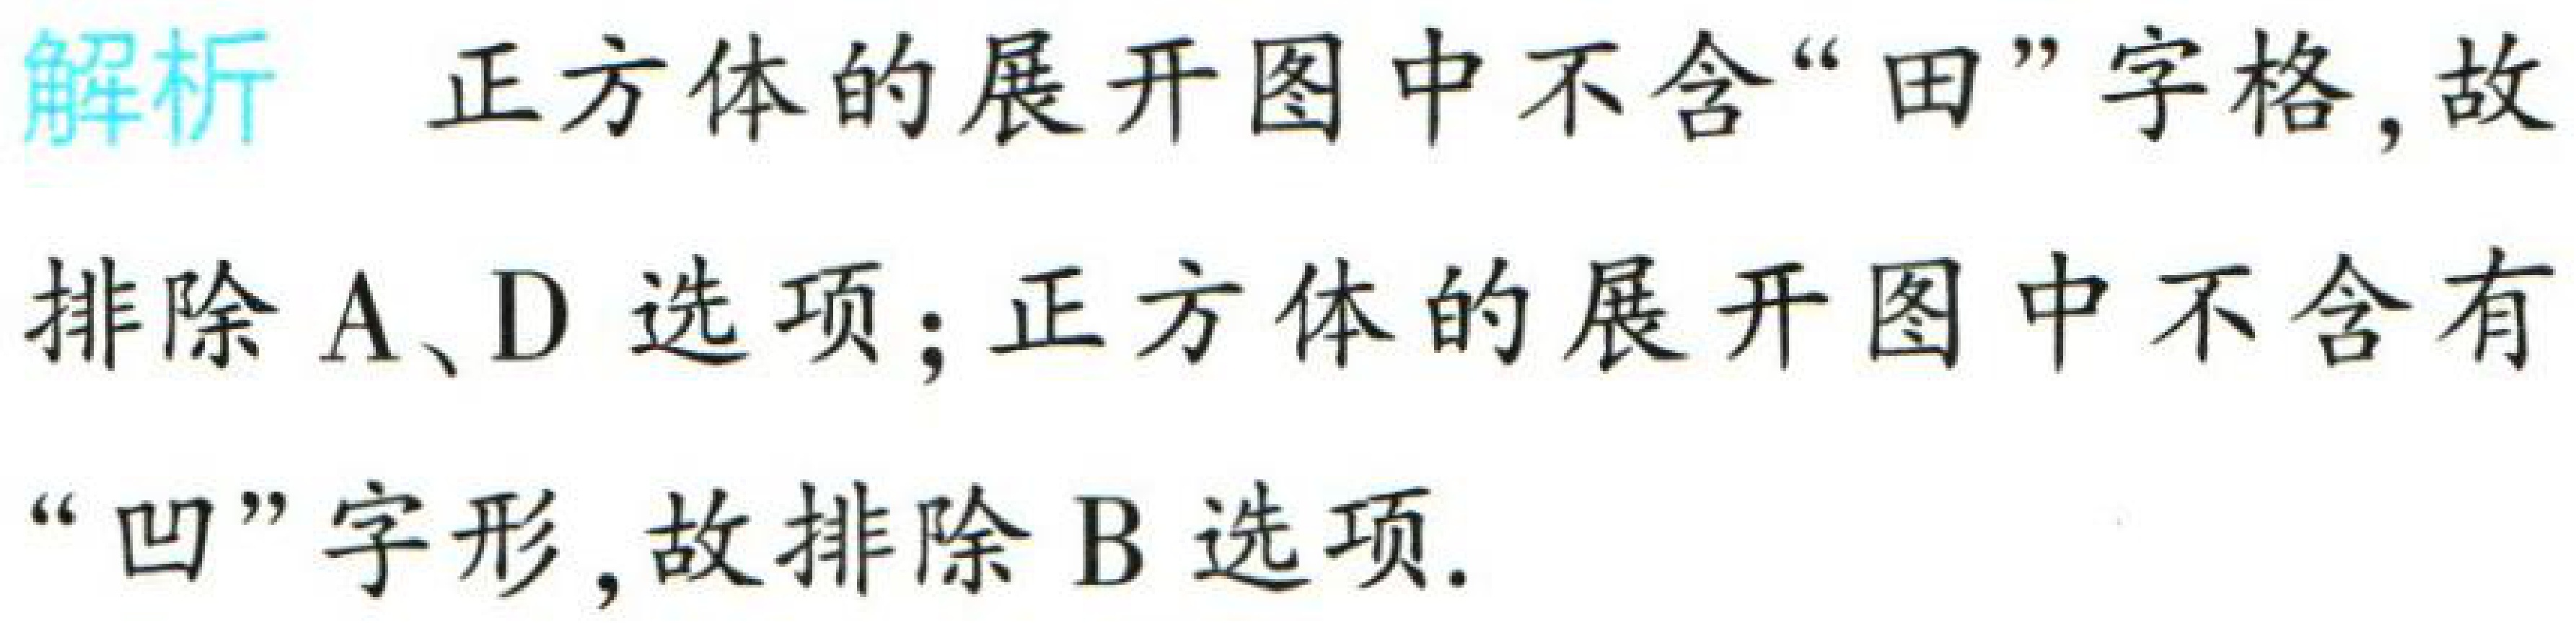
解析 正方体的展开图中不含“田”字格, 故

排除A、D选项；正方体的展开图中不含有

“凹”字形, 故排除B选项.